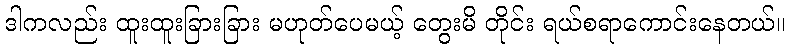
ဒါကလည်း ထူးထူးခြားခြား မဟုတ်ပေမယ့် တွေးမိ တိုင်း ရယ်စရာကောင်းနေတယ်။